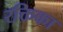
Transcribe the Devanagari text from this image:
रक्तिका